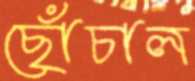
ছোঁচাল